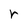
Character: r